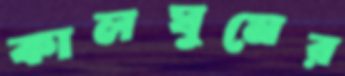
কালঘুমের